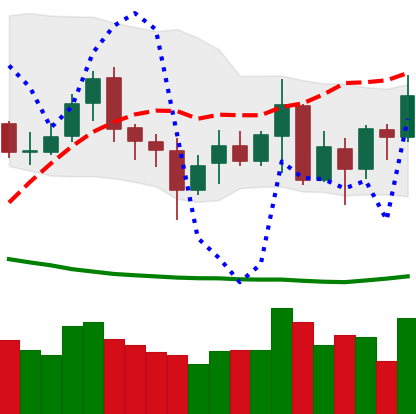
Ticker: XMR-USD
Chart end date: 2020-07-08
Forward return: 4.575%
Label: up_3_5